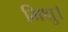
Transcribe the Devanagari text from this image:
भिक्षु।